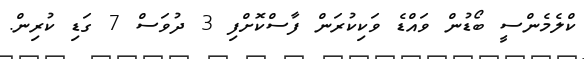
ކްލެމެންސީ ބޯޑުން ވައްޑެ ވަކިކުރަން ފާސްކޮށްފި 3 ދުވަސް 7 ގަޑި ކުރިން.